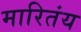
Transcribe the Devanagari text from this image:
मारितंय